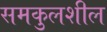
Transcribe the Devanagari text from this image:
समकुलशील